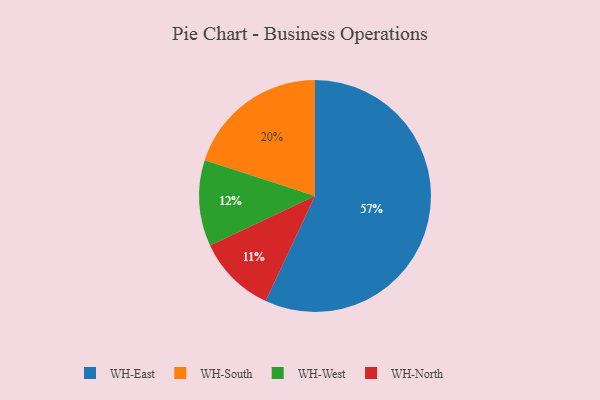
{"axis": {"x": "Category", "y": "Percentage"}, "legend": ["WH-East", "WH-North", "WH-South", "WH-West"], "data": [{"x": "WH-East", "y": 57, "type": "WH-East"}, {"x": "WH-North", "y": 11, "type": "WH-North"}, {"x": "WH-West", "y": 12, "type": "WH-West"}, {"x": "WH-South", "y": 20, "type": "WH-South"}]}